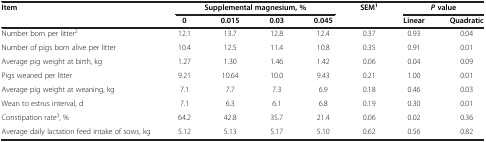
<table><thead><tr><td rowspan="2"><b>Item</b></td><td colspan="4"><b>Supplemental magnesium, %</b></td><td rowspan="2"><b>SEM<sup>1</sup></b></td><td colspan="2"><b><i>P </i>value</b></td></tr><tr><td><b>0</b></td><td><b>0.015</b></td><td><b>0.03</b></td><td><b>0.045</b></td><td><b>Linear</b></td><td><b>Quadratic</b></td></tr></thead><tbody><tr><td>Number born per litter<sup>2</sup></td><td>12.1</td><td>13.7</td><td>12.8</td><td>12.4</td><td>0.37</td><td>0.93</td><td>0.04</td></tr><tr><td>Number of pigs born alive per litter</td><td>10.4</td><td>12.5</td><td>11.4</td><td>10.8</td><td>0.35</td><td>0.91</td><td>0.01</td></tr><tr><td>Average pig weight at birth, kg</td><td>1.27</td><td>1.30</td><td>1.46</td><td>1.42</td><td>0.06</td><td>0.04</td><td>0.09</td></tr><tr><td>Pigs weaned per litter</td><td>9.21</td><td>10.64</td><td>10.0</td><td>9.43</td><td>0.21</td><td>1.00</td><td>0.01</td></tr><tr><td>Average pig weight at weaning, kg</td><td>7.1</td><td>7.7</td><td>7.3</td><td>6.9</td><td>0.18</td><td>0.46</td><td>0.03</td></tr><tr><td>Wean to estrus interval, d</td><td>7.1</td><td>6.3</td><td>6.1</td><td>6.8</td><td>0.19</td><td>0.30</td><td>0.01</td></tr><tr><td>Constipation rate<sup>3</sup>, %</td><td>64.2</td><td>42.8</td><td>35.7</td><td>21.4</td><td>0.06</td><td>0.02</td><td>0.36</td></tr><tr><td>Average daily lactation feed intake of sows, kg</td><td>5.12</td><td>5.13</td><td>5.17</td><td>5.10</td><td>0.62</td><td>0.56</td><td>0.82</td></tr></tbody></table>